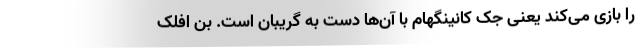
را بازی می‌کند یعنی جک کانینگهام با آن‌ها دست به گریبان است. بن افلک